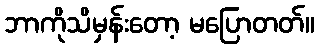
ဘာကိုသိမှန်းတော့ မပြောတတ်။